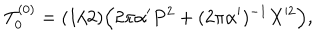
T _ { 0 } ^ { ( 0 ) } = ( 1 / 2 ) \Bigl ( 2 \pi \alpha ^ { \prime } P ^ { 2 } + ( 2 \pi \alpha ^ { \prime } ) ^ { - 1 } X ^ { 2 } \Bigr ) ,